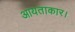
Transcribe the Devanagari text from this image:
आयताकार।